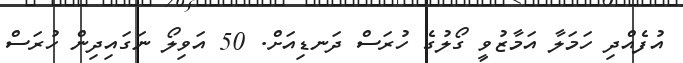
އުފެއްދި ހަމަލާ އަމާޒުވީ ގޯލުގެ ހުރަސް ދަނޑިއަށް. 50 އަވިލޯ ނަގައިދިން ހުރަސް